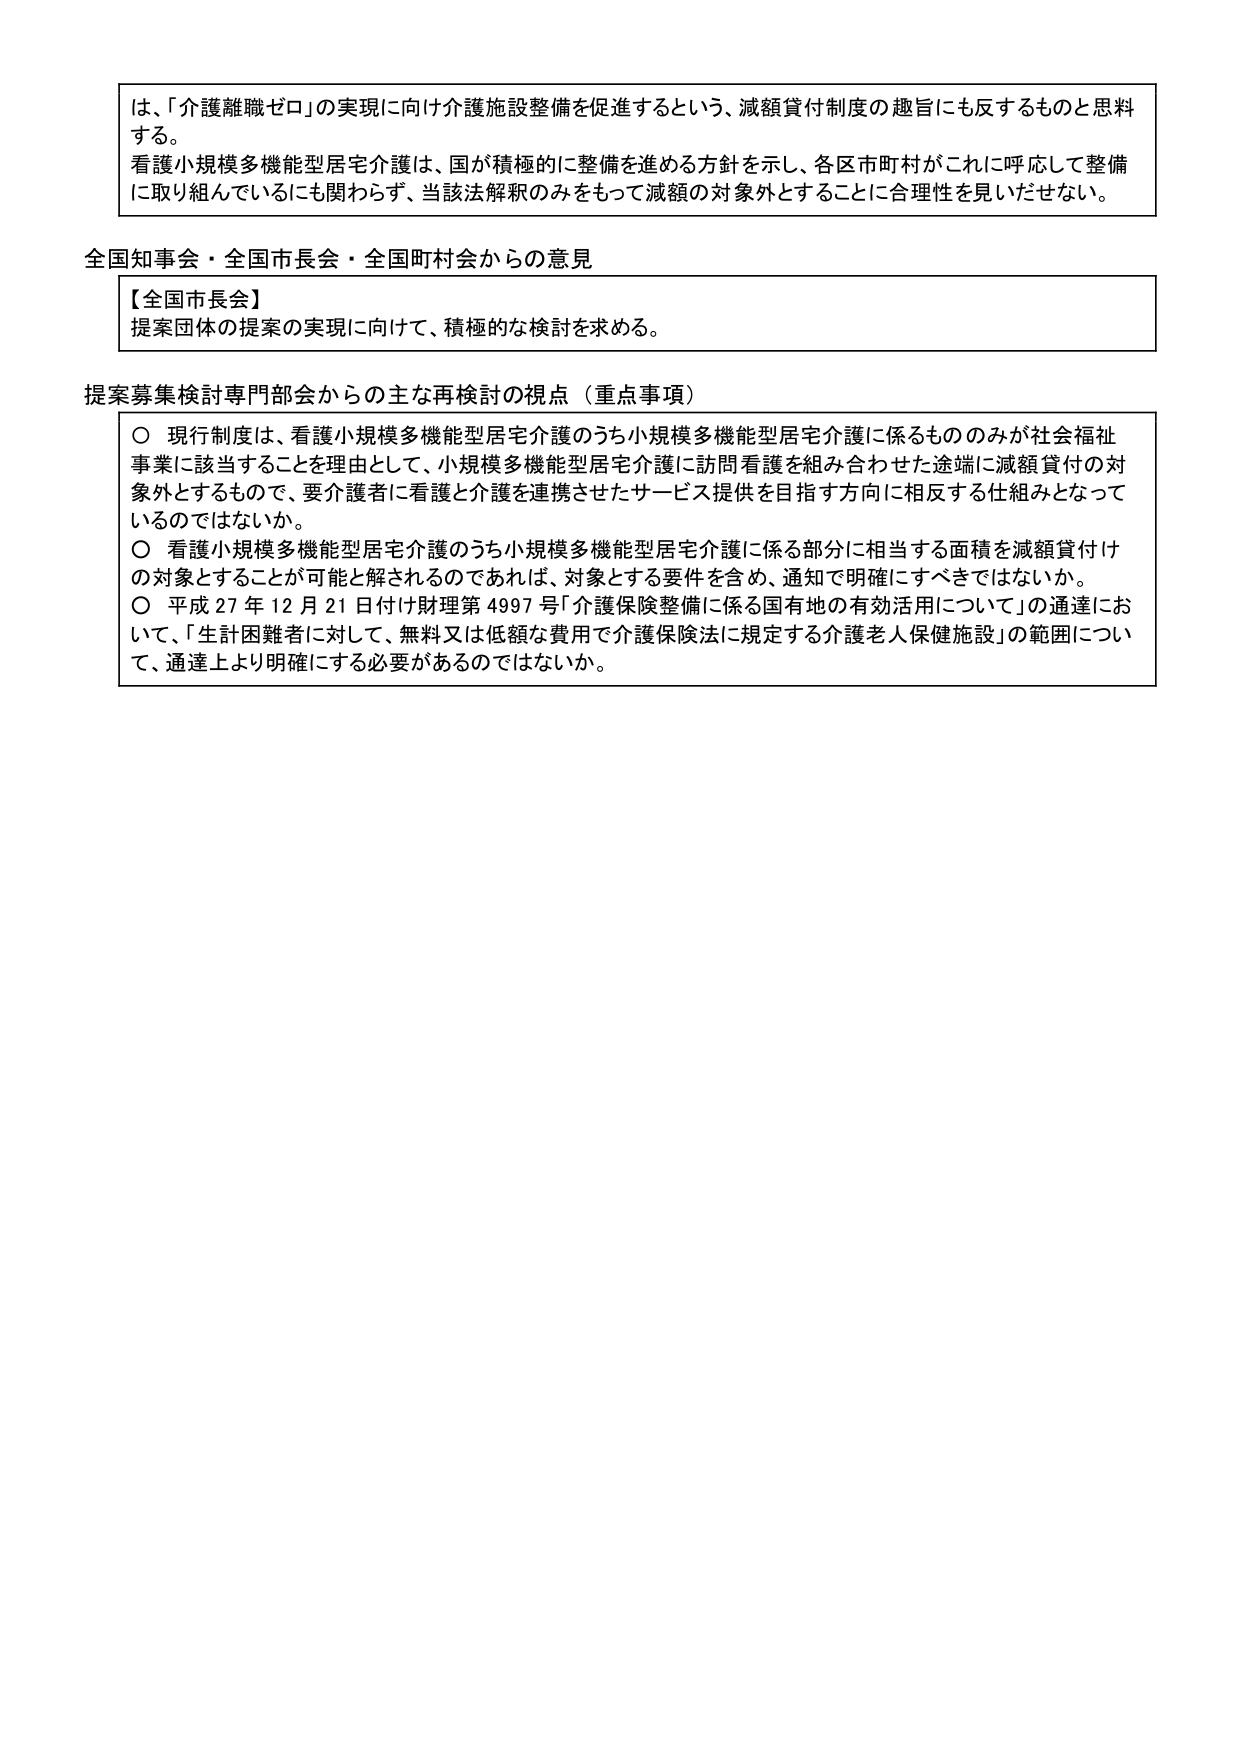
は、「介護離職ゼロ」の実現に向け介護施設整備を促進するという、減額貸付制度の趣旨にも反するものと思料する。
看護小規模多機能型居宅介護は、国が積極的に整備を進める方針を示し、各区市町村がこれに呼応して整備に取り組んでいるにも関わらず、当該法解釈のみをもって減額の対象外とすることに合理性を見いだせない。

全国知事会・全国市長会・全国町村会からの意見

【全国市長会】
提案団体の提案の実現に向けて、積極的な検討を求める。

提案募集検討専門部会からの主な再検討の視点（重点事項）

○ 現行制度は、看護小規模多機能型居宅介護のうち小規模多機能型居宅介護に係るもののみが社会福祉事業に該当することを理由として、小規模多機能型居宅介護に訪問看護を組み合わせた途端に減額貸付の対象外とするもので、要介護者に看護と介護を連携させたサービス提供を目指す方向に相反する仕組みとなっているのではないか。
○ 看護小規模多機能型居宅介護のうち小規模多機能型居宅介護に係る部分に相当する面積を減額貸付けの対象とすることが可能と解されるのであれば、対象とする要件を含め、通知で明確にすべきではないか。
○ 平成27年12月21日付け財理第4997号「介護保険整備に係る国有地の有効活用について」の通達において、「生計困難者に対して、無料又は低額な費用で介護保険法に規定する介護老人保健施設」の範囲について、通達上より明確にする必要があるのではないか。